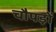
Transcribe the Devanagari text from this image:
चौपड़ों